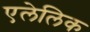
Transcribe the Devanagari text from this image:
एलेलिक